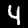
Digit: 4